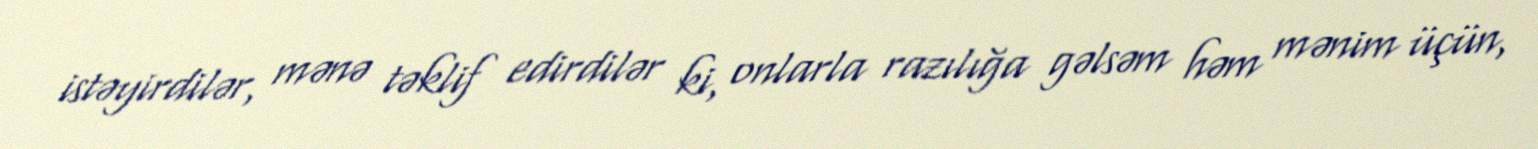
istəyirdilər, mənə təklif edirdilər ki, onlarla razılığa gəlsəm həm mənim üçün,